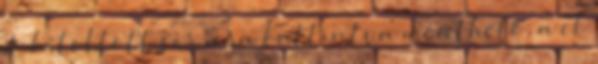
A kitöltött sor a ra kattintva menthető, a el